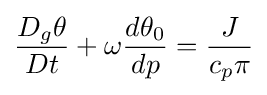
{\frac {D_{g}\theta }{Dt}}+\omega {\frac {d\theta _{0}}{dp}}={\frac {J}{c_{p}\pi }}